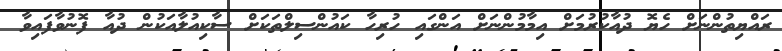
ރައްޔިތުންނަށް ހެޔޮ ދުއާކުރުމަށް އިމާމުންނަށް އަންގައި ހުރިހާ ކައުންސިލްތަކަށް ސާކިއުލާއަކުން ދުއާ ފޮނުވާފައިވާ